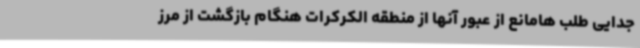
جدایی طلب هامانع از عبور آنها از منطقه الکرکرات هنگام بازگشت از مرز